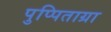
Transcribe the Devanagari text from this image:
पुप्पिताग्रा